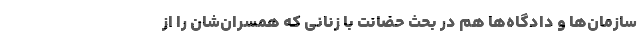
سازمان‌ها و دادگاه‌ها هم در بحث حضانت با زنانی که همسران‌شان را از